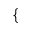
\left\{ \begin{array} { r l } \end{array} \right.